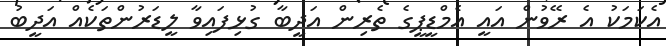
އެކަމަކު އެ ރޭވުން އައީ އެމްޑީޕީގެ ތެރިން އަދީބާ ގުޅިފައިވާ ލީޑަރުންތަކެއް އަދީބު